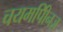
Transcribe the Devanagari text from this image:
चयमपीिनज़